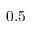
0 . 5